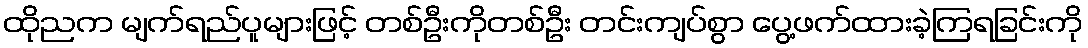
ထိုညက မျက်ရည်ပူများဖြင့် တစ်ဦးကိုတစ်ဦး တင်းကျပ်စွာ ပွေ့ဖက်ထားခဲ့ကြရခြင်းကို